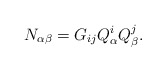
\begin{align*}N_{\alpha\beta} = G_{ij} Q^i_\alpha Q^j_\beta.\end{align*}